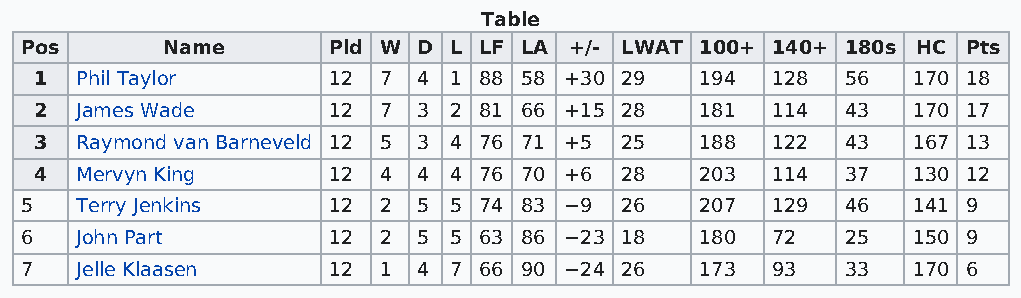
Table
 Pos       Name       Pld W D L LF LA +/- LWAT 100+ 140+ 180s HC Pts
 1  Phil Taylor      12 7  4 1 88 58 +30 29  194  128  56  170 18
 2  James Wade       12 7  3 2 81 66 +15 28  181  114  43  170 17
 3  Raymond van Barneveld 12 5 3 4 76 71 +5 25 188 122 43  167 13
 4  Mervyn King      12 4  4 4 76 70 +6 28   203  114  37  130 12
 5   Terry Jenkins    12 2  5 5 74 83 −9 26   207  129  46  141 9
 6   John Part        12 2  5 5 63 86 −23 18  180  72   25  150 9
 7   Jelle Klaasen    12 1  4 7 66 90 −24 26  173  93   33  170 6